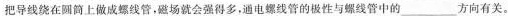
把导线绕在圆筒上做成螺线管，磁场就会强得多，通电螺线管的极性与螺线管中的___方向有关。